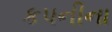
કપનીના